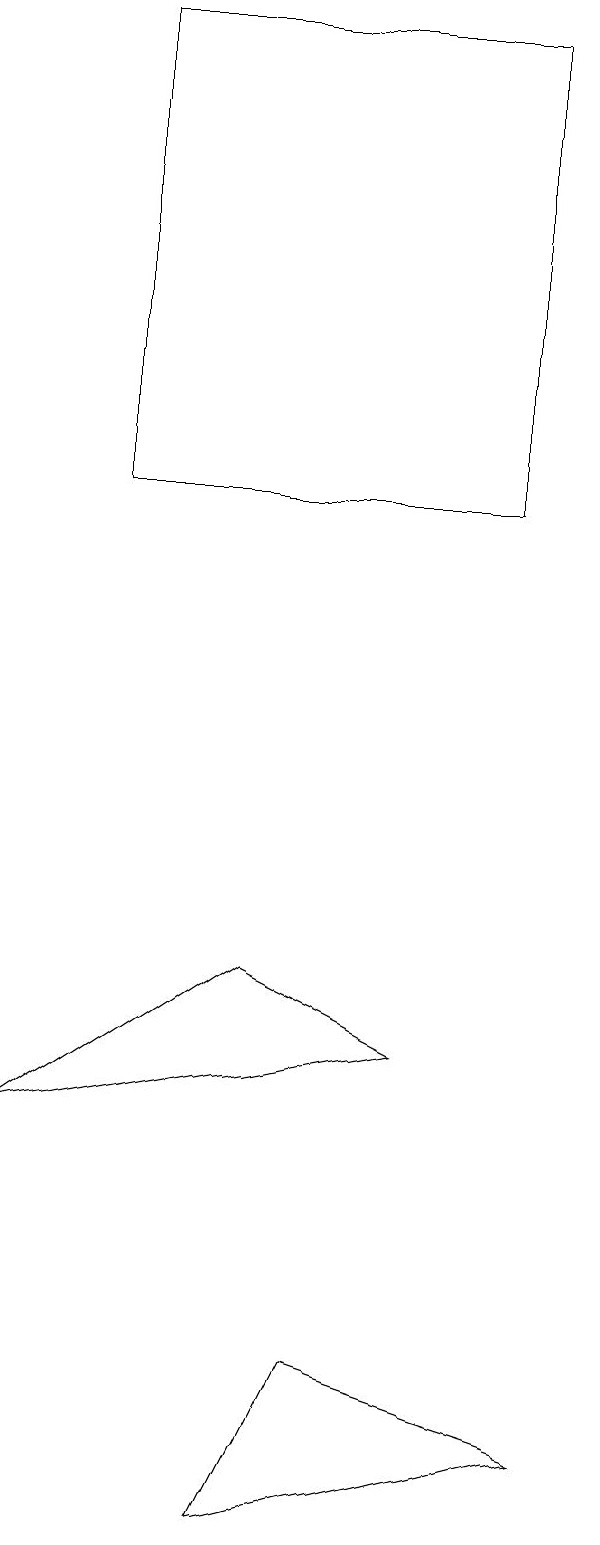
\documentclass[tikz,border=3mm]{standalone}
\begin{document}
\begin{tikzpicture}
\draw (8,13) rectangle (3,19);
\draw (9,1) -- (6,2) -- (5,0) -- cycle;
\draw (7,6) -- (5,7) -- (2,5) -- cycle;
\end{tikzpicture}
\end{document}